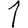
Digit: 1